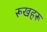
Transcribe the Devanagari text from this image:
रूखहरू